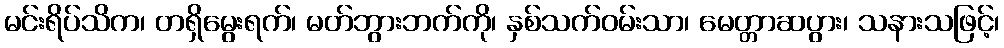
မင်းရိပ်သိက၊ တရှိမွေးရက်၊ မတ်ဘွားဘက်ကို၊ နှစ်သက်ဝမ်းသာ၊ မေတ္တာဆပွား၊ သနားသဖြင့်၊